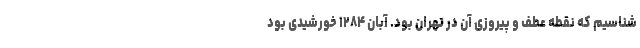
شناسیم که نقطه عطف و پیروزی آن در تهران بود. آبان ۱۲۸۴ خورشیدی بود